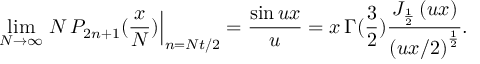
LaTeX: \operatorname * { l i m } _ { N \rightarrow \infty } \left. N \, P _ { 2 n + 1 } ( \frac { x } { N } ) \right| _ { n = N t / 2 } = \frac { \sin u x } { u } = x \, \Gamma ( \frac 3 2 ) \frac { J _ { \frac 1 2 } \left( u x \right) } { \left( u x / 2 \right) ^ { \frac 1 2 } } .